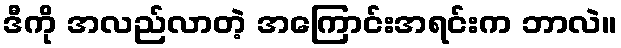
ဒီကို အလည်လာတဲ့ အကြောင်းအရင်းက ဘာလဲ။